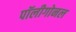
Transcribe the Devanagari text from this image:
पॉलीगोनल